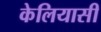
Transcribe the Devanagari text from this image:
केलियासी